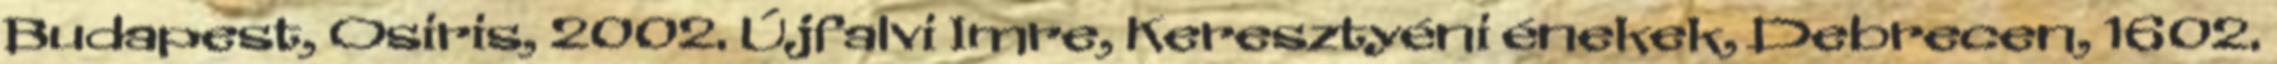
Budapest, Osiris, 2002. Újfalvi Imre, Keresztyéni énekek, Debrecen, 1602.